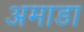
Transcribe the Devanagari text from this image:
अमाडा